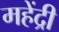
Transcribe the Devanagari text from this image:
महेंद्री